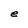
Character: e